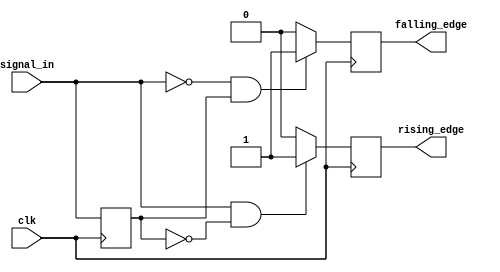
module dual_edge_detector (
    input wire clk,          // Clock input
    input wire signal_in,    // Input signal
    output reg rising_edge,  // Rising edge output
    output reg falling_edge   // Falling edge output
);

    // Internal signal to store the previous state of signal_in
    reg previous_signal_in;

    // Sequential logic to detect edges on the input signal
    always @(posedge clk) begin
        // Detect rising edge
        if (signal_in == 1'b1 && previous_signal_in == 1'b0) begin
            rising_edge <= 1'b1;  // Set rising edge high
        end else begin
            rising_edge <= 1'b0;  // Reset rising edge
        end

        // Detect falling edge
        if (signal_in == 1'b0 && previous_signal_in == 1'b1) begin
            falling_edge <= 1'b1;  // Set falling edge high
        end else begin
            falling_edge <= 1'b0;  // Reset falling edge
        end

        // Update the previous state of signal_in
        previous_signal_in <= signal_in;
    end

endmodule